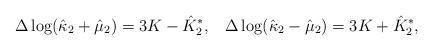
LaTeX: \begin{align*}\Delta\log(\hat{\kappa}_2+\hat{\mu}_2)=3K-\hat{K}_2^*,\,\,\,\ \Delta\log(\hat{\kappa}_2-\hat{\mu}_2)=3K+\hat{K}_2^*,\end{align*}